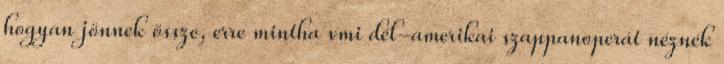
hogyan jönnek össze, erre mintha vmi dél-amerikai szappanoperát néznék